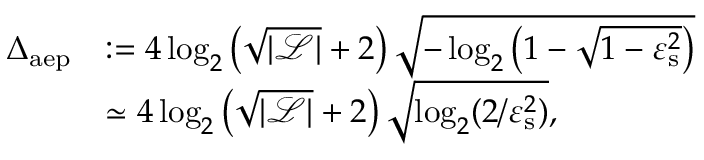
\begin{array} { r l } { \Delta _ { \mathrm { a e p } } } & { : = 4 \log _ { 2 } \left( \sqrt { | \mathcal { L } | } + 2 \right) \sqrt { - \log _ { 2 } \left( 1 - \sqrt { 1 - \varepsilon _ { \mathrm { s } } ^ { 2 } } \right) } } \\ & { \simeq 4 \log _ { 2 } \left( \sqrt { | \mathcal { L } | } + 2 \right) \sqrt { \log _ { 2 } ( 2 / \varepsilon _ { \mathrm { s } } ^ { 2 } ) } , } \end{array}